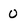
Character: 0